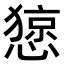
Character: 𢠃